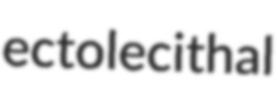
ectolecithal